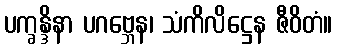
ပက္ခန္ဒိနာ ပဂဗ္ဘေန၊ သံကိလိဋ္ဌေန ဇီဝိတံ။